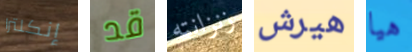
إنكلترا قد زنزانته هيرش هيا